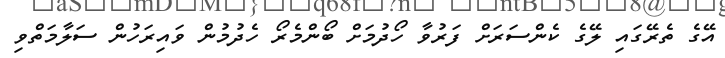
އޭގެ ތެރޭގައި ލޭގެ ކެންސަރަށް ފަރުވާ ހޯދުމަށް ބޯންމެރޯ ހެދުމުން ވައިރަހުން ސަލާމަތްވި